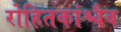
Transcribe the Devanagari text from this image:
रोहितकांश्चैव